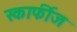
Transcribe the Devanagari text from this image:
स्कार्फीज